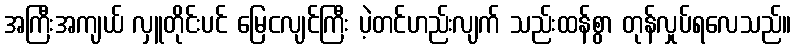
အကြီးအကျယ် လှူတိုင်းပင် မြေငလျင်ကြီး ပဲ့တင်ဟည်းလျက် သည်းထန်စွာ တုန်လှုပ်ရလေသည်။